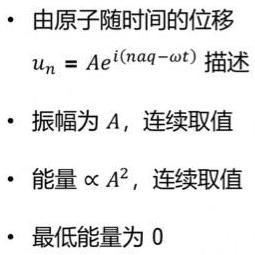
- 由原子随时间的位移
$u_{n}=Ae^{i(n aq - \omega t)}$ 描述
- 振幅为 $A$，连续取值
- 能量 $\propto A^{2}$，连续取值
- 最低能量为 0